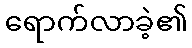
ရောက်လာခဲ့၏